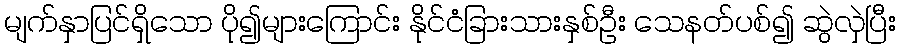
မျက်နှာပြင်ရှိသော ပို၍များကြောင်း နိုင်ငံခြားသားနှစ်ဦး သေနတ်ပစ်၍ ဆွဲလှဲပြီး